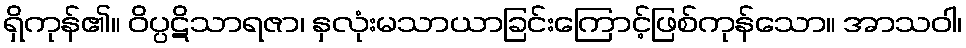
ရှိကုန်၏။ ဝိပ္ပဋိသာရဇာ၊ နှလုံးမသာယာခြင်းကြောင့်ဖြစ်ကုန်သော။ အာသဝါ၊